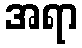
အရာ